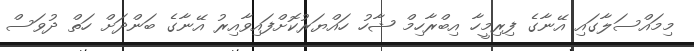
މިމައްސަލާގައި އޭނާގެ ފިރިމީހާ އިބްރާހިމް ޝާހު ހައްޔަރުކޮށްފައިވާއިރު އޭނާގެ ބަންދަށް ހަތް ދުވަސް